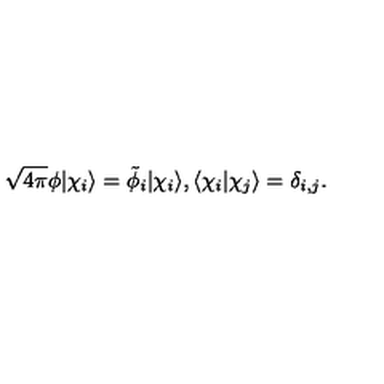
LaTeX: \sqrt { 4 \pi } \phi | \chi _ { i } \rangle = \tilde { \phi } _ { i } | \chi _ { i } \rangle , \langle \chi _ { i } | \chi _ { j } \rangle = \delta _ { i , j } .